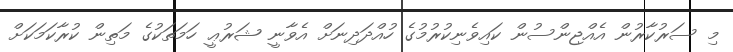
މި ސަރުކާރުން އެއްޖިންސުން ކައިވެނިކުރުމުގެ ހުއްދަދިނަށް އެވާނީ ޝަރުޢީ ހަމަތަކުގެ މަތިން ކުރާކަމަކަށް